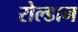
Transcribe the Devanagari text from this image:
रोल्डान